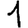
Digit: 1